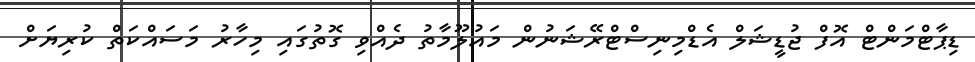
ޑިޕާޓްމަންޓް އޮފް ޖުޑީޝަލް އެޑްމިނިސްޓްރޭޝަނުން މައުލޫމާތު ދެއްވި ގޮތުގައި މިހާރު މަސައްކަތް ކުރިޔަށް